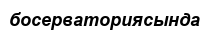
босерваториясында